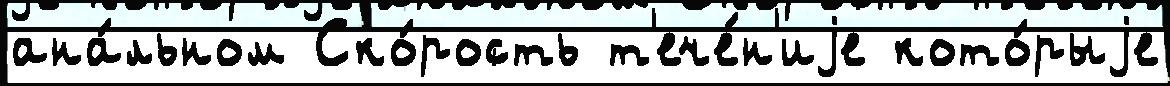
ана́льном Ско́рость т'ече́н'иjе кото́рыjе